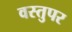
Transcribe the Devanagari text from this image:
वस्तुपर